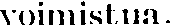
voimistua.